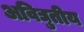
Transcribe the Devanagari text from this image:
अविद्युतीय